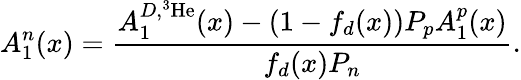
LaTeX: A_{1}^{n}(x)={\frac{A_{1}^{D,^{3}\mathrm{He}}(x)-(1-f_{d}(x))P_{p}A_{1}^{p}(x)}{f_{d}(x)P_{n}}}.